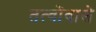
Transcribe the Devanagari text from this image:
तत्वोंवाले